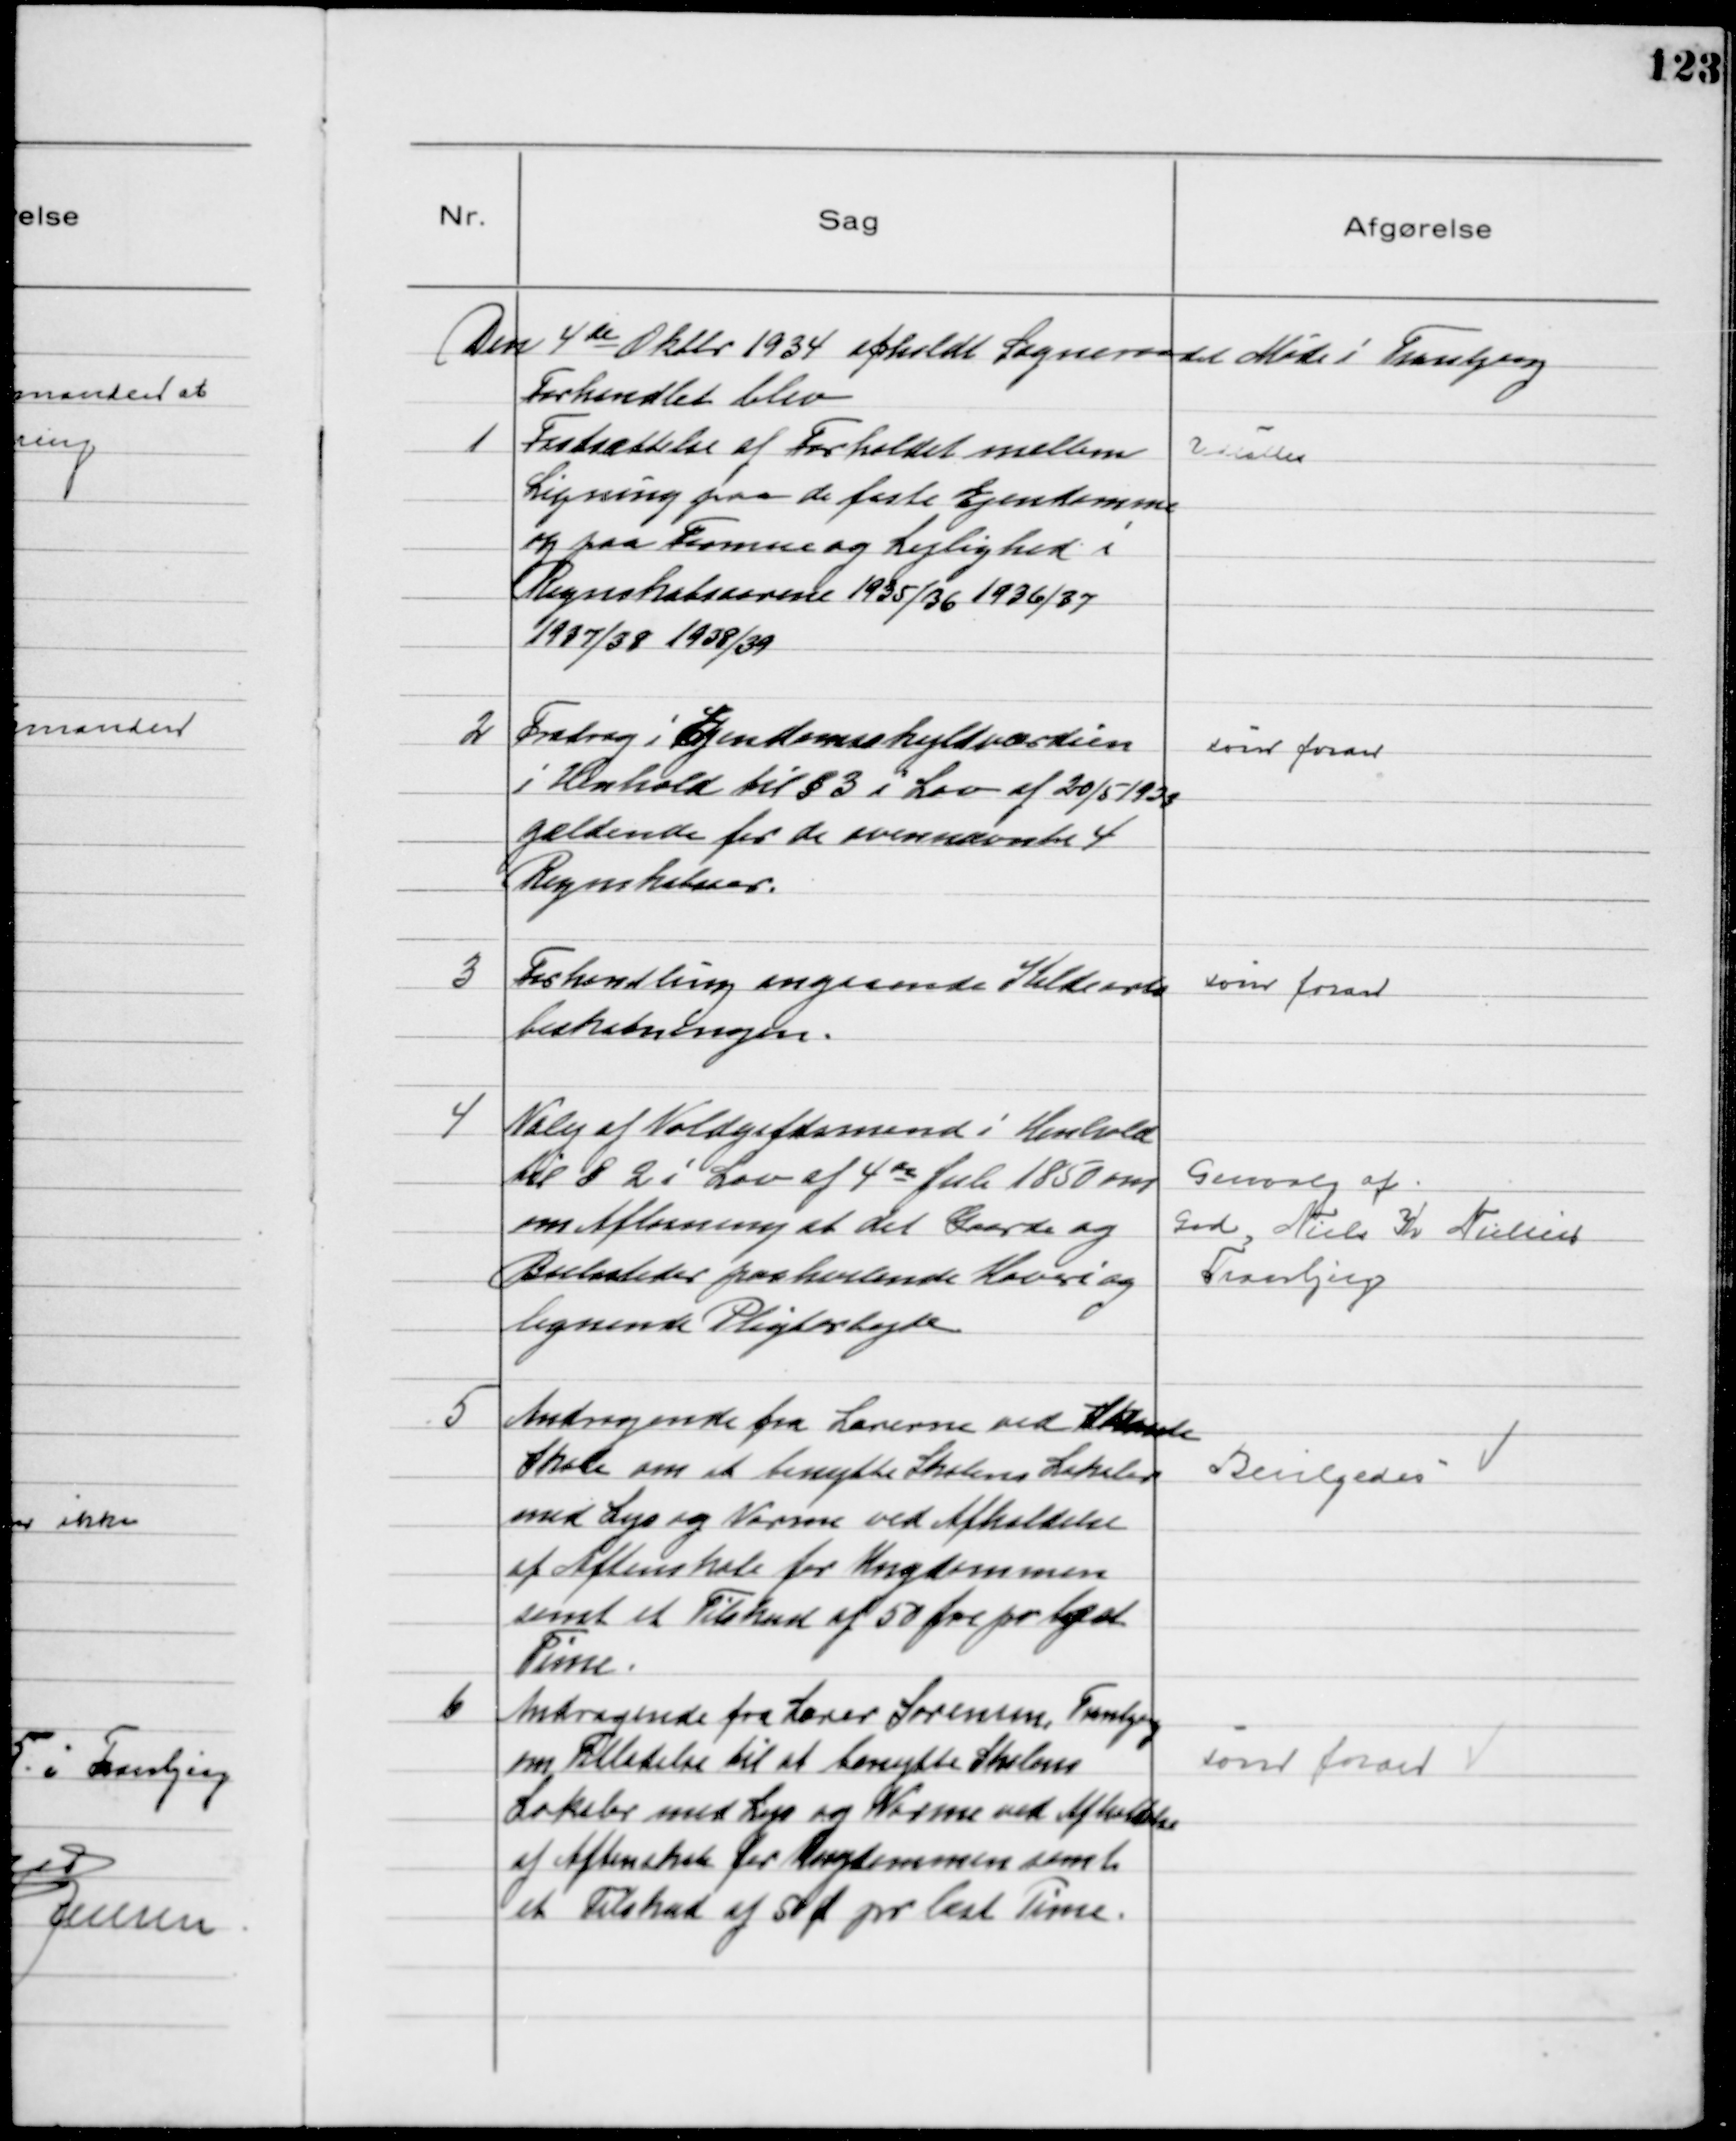
Transskription:
Den 4 de Oktbr 1934 afholdt Sogneraadet Møde i Tranbjerg
Forhandlet blev

1
 Fastsættelse af Forholdet mellem
Ligning paa de faste Ejendomme
og paa Formue og Lejlighed i
Regnskabsaarene 1935/36 1936/37
1937/38 1938/39

Udsattes

2
Fradrag i Ejendomsskyldværdien
i Henhold til § 3 i Lov af 20/5 1933
gældende for de ovennævnte 4
Regnskabsaar.

som foran

3
Forhandling angaaende Kildearts
beskatningen.

som foran

4
Valg af Voldgiftsmand i Henhold
til § 2 i Lov af 4 de Juli 1850 om
om Afløsning af det Gaarde og
Boelssteder paahvilende Hoveri og
lignende Pligtarbejde

Genvalg af
Grd, Niels Kr Nielsen
Tranbjerg

5
Andragende fra Lærerne ved Skaade
Skole om at benytte Skolens Lokaler
med Lys og Varme ved Afholdelse
af Aftenskole for Ungdommen
samt et Tilskud af 50 Øre pr læst
Time.

Bevilgedes

6
Andragende fra Lærer Sørensen, Tranbjerg
om Tilladelse til at benytte Skolens
Lokaler med Lys og varme ved Afholdelse
af Aftenskole for Ungdommen samt
et Tilskud af 50 Ø pr læst Time.

som foran